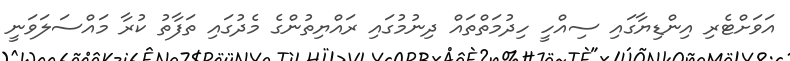
އަވަށްޓެރި އިންޑިޔާގައި ސިއްހީ ހިދުމަތްތައް ދިނުމުގައި ރައްޔިތުންގެ މެދުގައި ތަފާތު ކުރާ މައްސަލަވަނީ